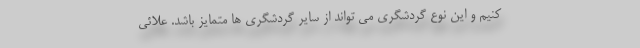
کنیم و این نوع گردشگری می تواند از سایر گردشگری ها متمایز باشد. علائی